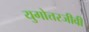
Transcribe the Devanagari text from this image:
युगोत्तरजीवी